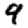
Digit: 9